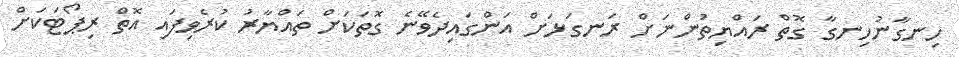
ހިނގާނުހިނގާ ގޮތް ރައްޔިތުންނަށް ރަނގަޅަށް އަންގައިދެވޭނެ ގޮތަކަށް ތައްޔާރު ކުރެވިފައި އޮތް ރިޕޯޓަކަށް